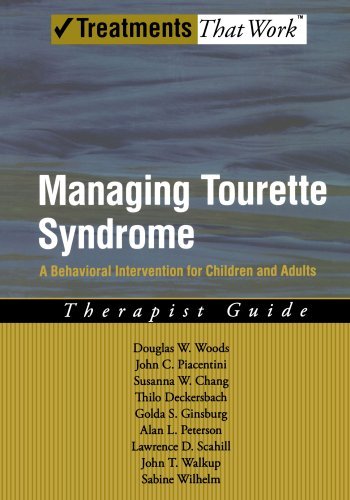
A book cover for Managing Tourette Syndrome A Behavioral Intervention for Children and Adults Therapist Guide [Treatments That Work] by Woods, Douglas W., Piacentini, John, Chang, Susanna, Deckers [Oxford University Press, USA,2008] [Paperback]; Health, Fitness & Dieting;